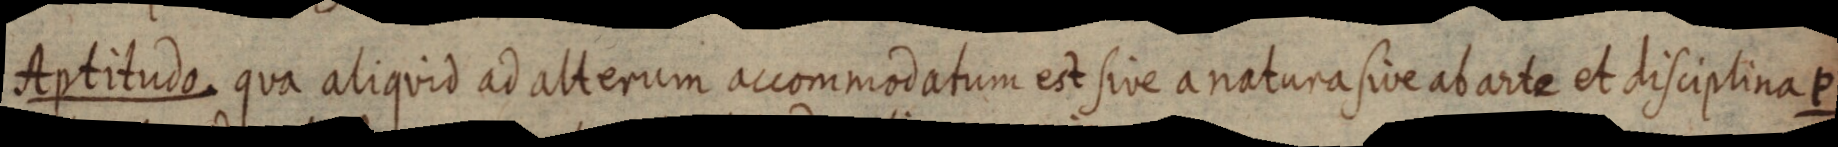
Aptitudo, qua aliquid ad alterum accommodatum est sive a natura sive ab arte et disciplina P